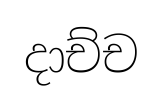
දාච්ච